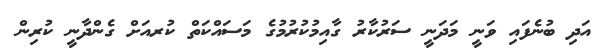
އަދި ބުނެފައި ވަނީ މަދަނީ ސަރުކާރު ގާއިމުކުރުމުގެ މަސައްކަތް ކުރއަށް ގެންދާނީ ކުރިން